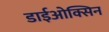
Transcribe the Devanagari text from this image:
डाईओक्सिन